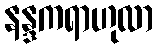
နန္ဒကရာဟုလာ